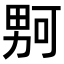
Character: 𪟡